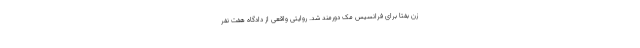
زن بفتا برای فرانسیس مک دورمند شد. روایتی واقعی از دادگاه هفت نفر